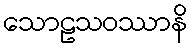
သောဠသဝဿာနိ